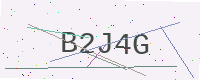
Text: B2J4G